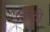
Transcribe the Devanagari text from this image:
नेज्दी